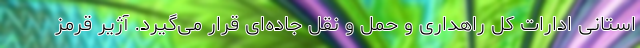
استانی ادارات کل راهداری و حمل و نقل جاده‌ای قرار می‌گیرد. آژیر قرمز